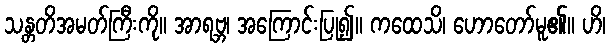
သန္တတိအမတ်ကြီးကို။ အာရဗ္ဘ၊ အကြောင်းပြု၍။ ကထေသိ၊ ဟောတော်မူ၏။ ဟိ၊